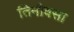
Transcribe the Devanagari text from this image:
तिमीवसा